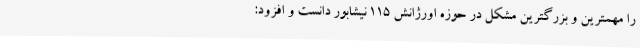
را مهمترین و بزرگترین مشکل در حوزه اورژانش 115 نیشابور دانست و افزود: